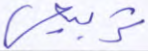
تربيعي